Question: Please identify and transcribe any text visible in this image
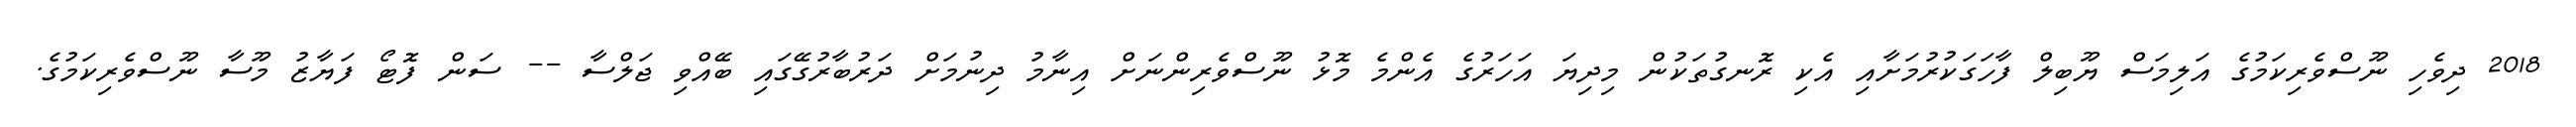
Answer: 2018 ދިވެހި ނޫސްވެރިކަމުގެ އަލިމަސް ޔޫބިލް ފާހަގަކުރުމަށާއި އެކި ރޮނގުތަކުން މިދިޔަ އަހަރުގެ އެންމެ މޮޅު ނޫސްވެރިންނަށް އިނާމު ދިނުމަށް ދަރުބާރުގޭގައި ބޭއްވި ޖަލްސާ -- ސަން ފޮޓޯ ފަޔާޒު މޫސާ ނޫސްވެރިކަމުގެ.